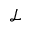
\mathcal { L }